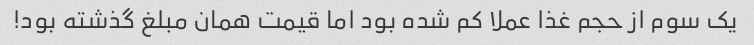
یک سوم از حجم غذا عملا کم شده بود اما قیمت همان مبلغ گذشته بود!